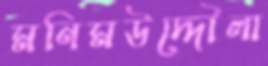
মনিমউদ্দৌলা